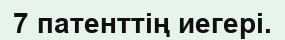
7 патенттің иегері.